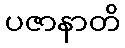
ပဇာနာတိ